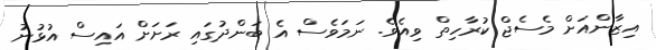
އިޒާންއަށް މެސެޖް ކުރާހިތް ވިއެވެ. ނަމަވެސް އެ ބަންދުގައި ރަށަށް އައިސް އުޅުނު